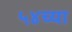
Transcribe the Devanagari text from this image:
५४च्या